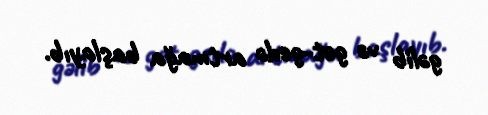
gəlib və get-gedə artmağa başlayıb.